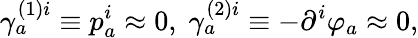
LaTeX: \gamma_{a}^{(1)i}\equiv p_{a}^{i}\approx 0,\; \gamma_{a}^{(2)i}\equiv-\partial^{i}\varphi_{a}\approx 0,